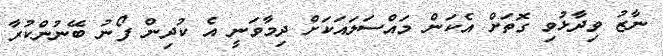
ނާޒު ވިދާޅުވި ގޮތަށް އެކަން މައްސަލައަކަށް ދިމާވަނީ އެ ކުދިން ފޯނު ބޭނުންކުރާ